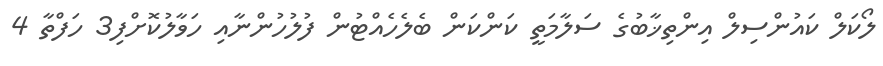
ލޯކަލް ކައުންސިލް އިންތިޚާބުގެ ސަލާމަތީ ކަންކަން ބެލެހެއްޓުން ފުލުހުންނާއި ހަވާލުކޮށްފި3 ހަފްތާ 4